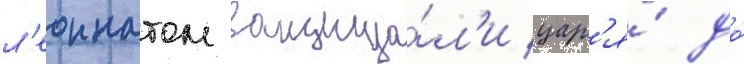
л'еоннатом защища́л'и цар'я́ до́